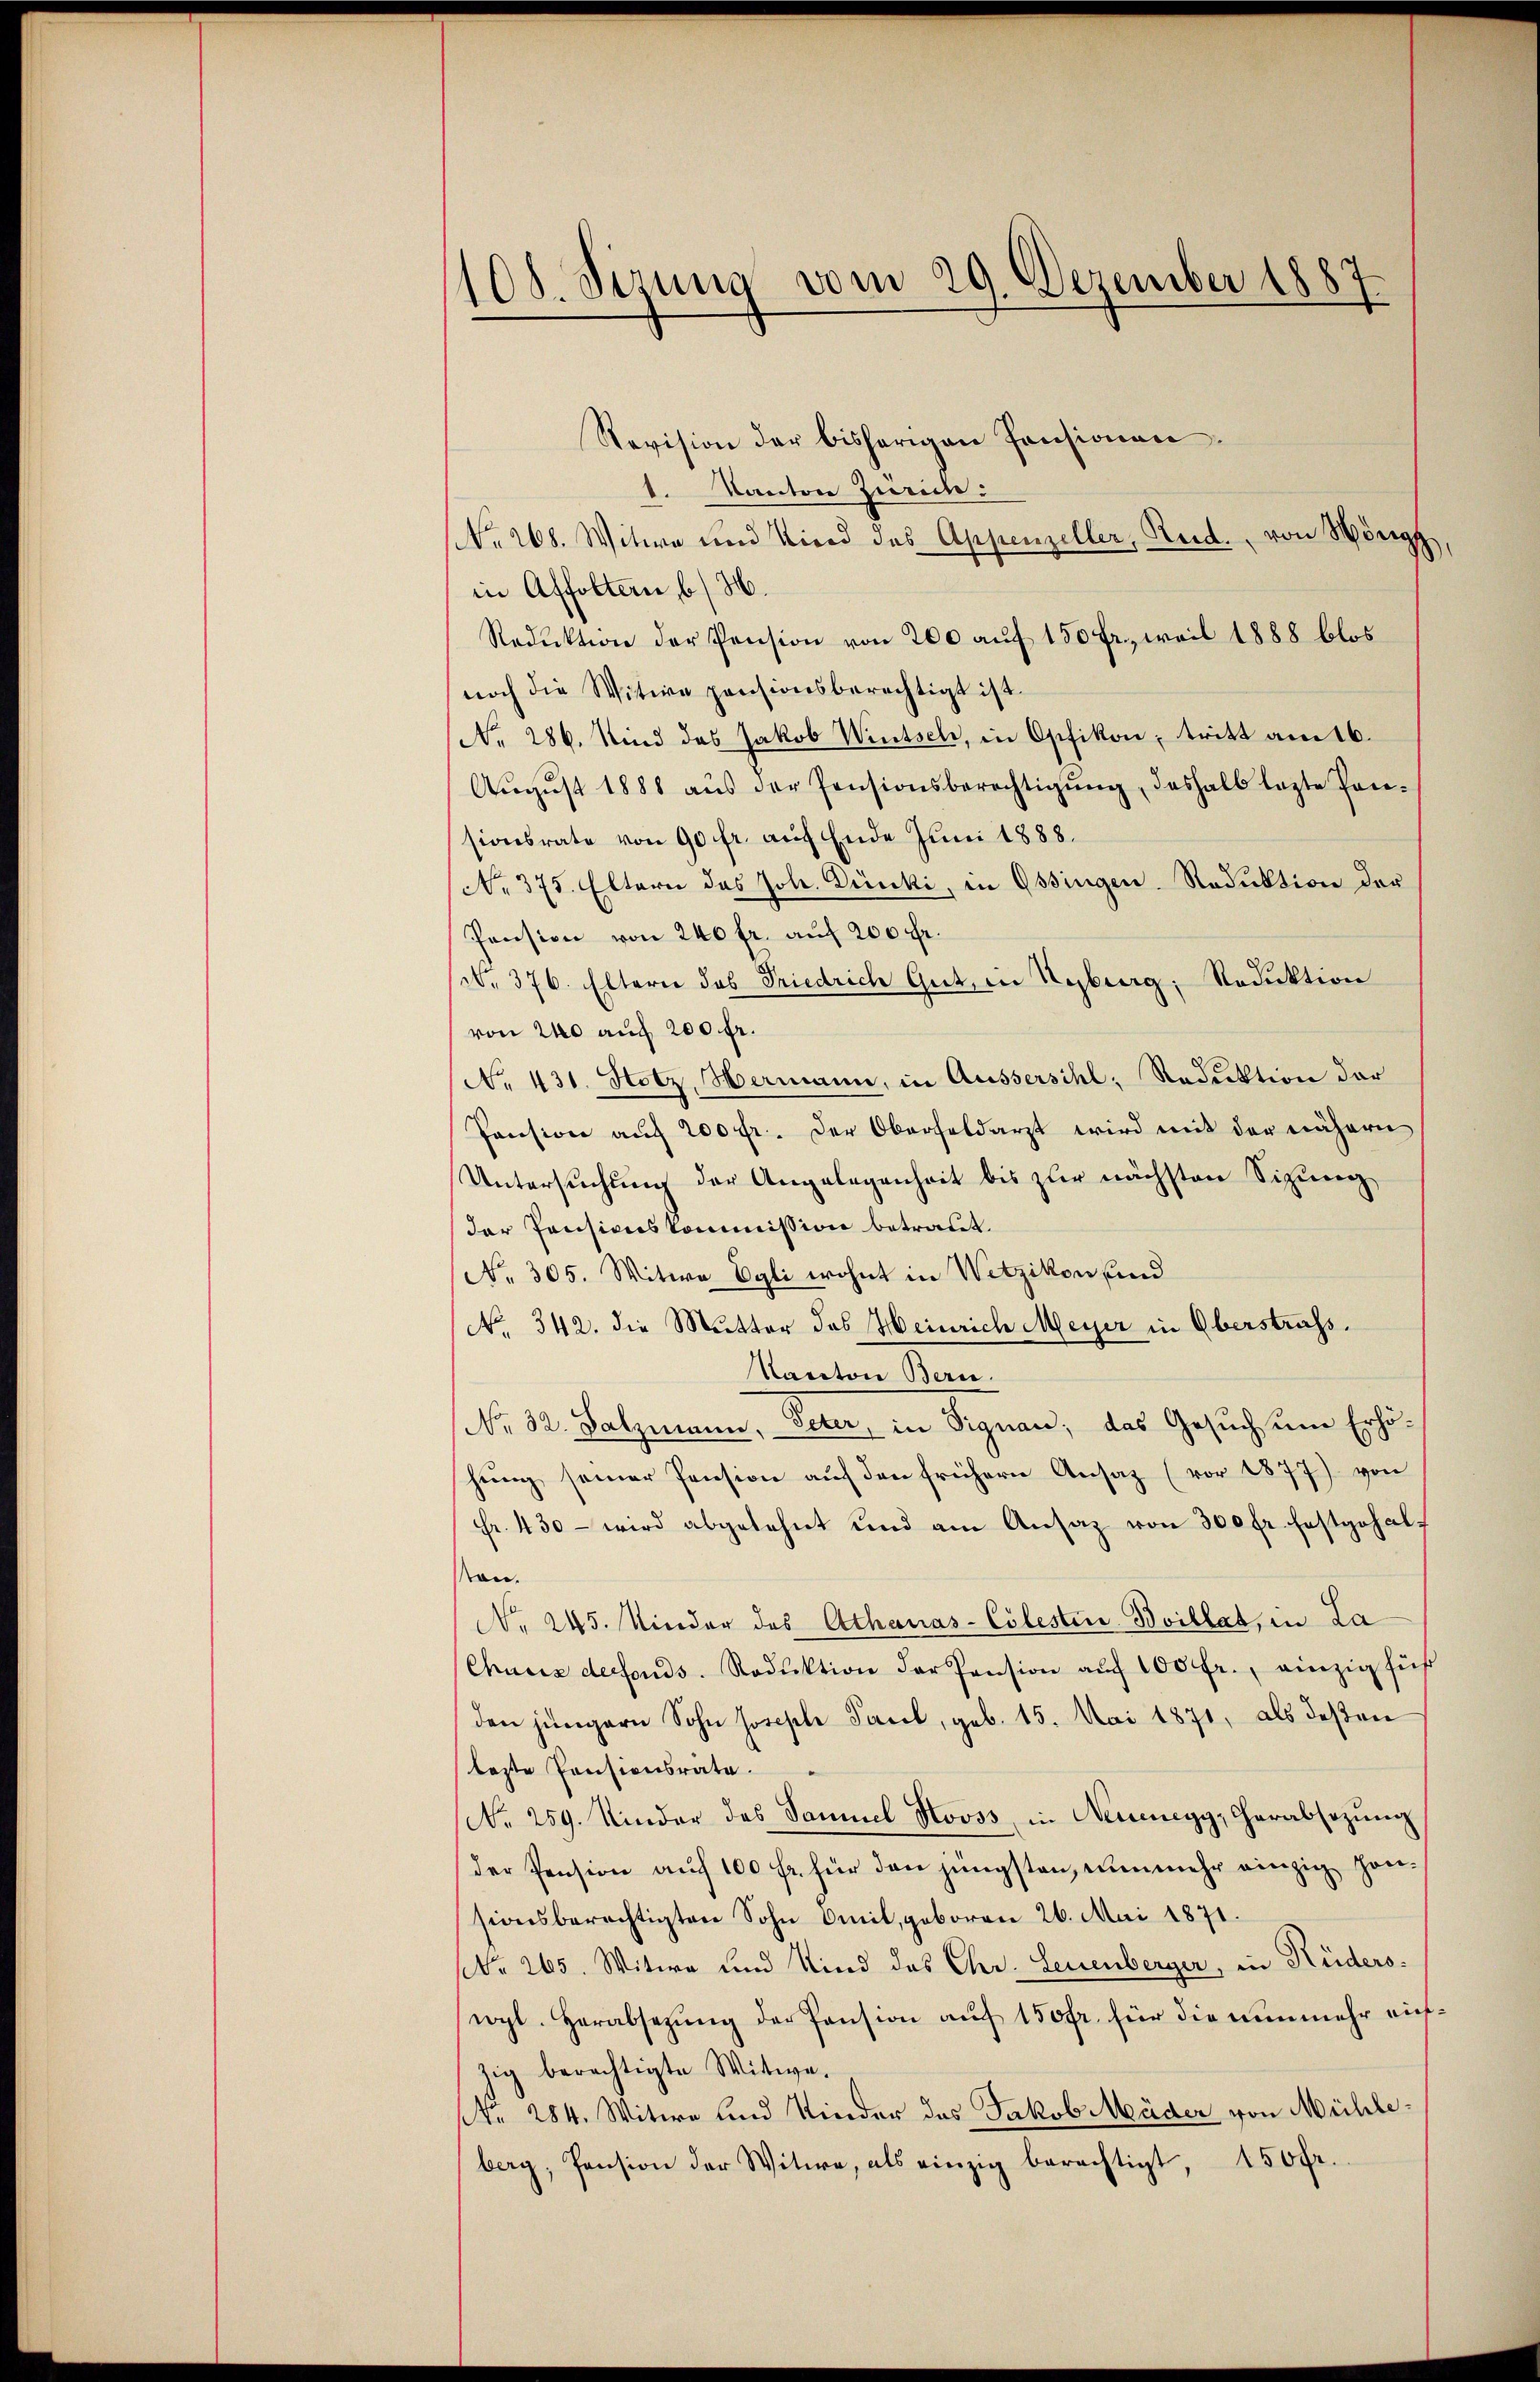
108. Sizung vom 29. Dezember 1887.

Revision der bisherigen Pensionen¬
1. Kanton Zürich:
NNo. 268. Witwe und Kierd des Appenzeller, Rud. von Hörig
in Affoltern b/H.
Reduktion der Pension von 200 auf 150 fr., weil 1888 blos
noch die Witwe pensionsberechtigt ist.
(No. 286. Kind das Jakob Wintsch, in Opfikon; tritt am 16.
Aŭgŭst 1888 aŭs der Pensionsberechtigŭng, deshalb lezte Pansionsrate von 90 fr. auf Ende Juni 1888.
No. 375. Eltern das Joh. Dünki, in Ossingen. Reduktion der
Pension von 240 fr. auf 200 Fr.
No 376. Eltern das Friedrich Gut, in Heburg, Reduktion
von 200 auch 200 fr.
No. 431. Hotz, Hermann, in Aussersihl, Reduktion der
Pension auf 200 fr. Der Oberfeldarzt wird mit der nähern
Untersuchung der Angelegenheit bis zur nächsten Sizung,
der Pensionskommission betraut.
No. 305. Witwe Egli wohnt in Wetzikon und
No. 342. die Mutter des Heinrich Meyer in Oberstrafs
Kanton den
No. 32. Salzmann, Peter, in Signau, das Gesuch um Erhöhung seiner Pension auf den frühern Ansatz (vor 1877) von
Fr. 430 - wird abgelehnt und am Ansaz von 300 fr. festgehalan.
No. 245. Kinder des Athanas-Cölester Boillat, in La
Chaus derfonds. Reduktion der Pension aŭf 100 fr., einzig für
den jüngern Sohn Joseph Pacel, geb. 15. Mai 1871, als deßen
lezte Pensionsrate.
No. 259. Kinder des Samuel Stooss, in Neuenegg, Cherabsezung
der Pension auf 100 fr. für den jüngsten, nunmehr einzig Honsionsberechtigten Sohn Omil, geboren 26. Mai 1871.
NNo. 265. Witwe und Kind des Chr. Leuenberger, in Rüderseogl. Herabsetzung der Pension auf 150 fr. für die nunmehr aufzig berechtigte Witwe,
NNo. 284. Witwe und Kinder des Jakob Müder von Mühleberg, Pension der Witwe, als einzig berechtigt, 150 fr.